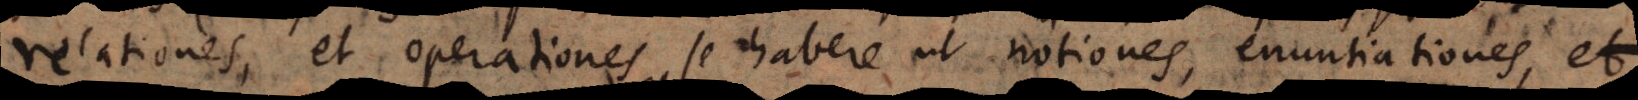
relationes, et operationes se habere ut notiones, enuntiationes, et